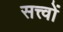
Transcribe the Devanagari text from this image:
सत्त्वों